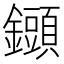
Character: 𨯲